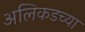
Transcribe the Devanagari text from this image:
अलिकडच्‍या